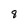
Character: 8